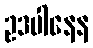
ဥဒပါနေန